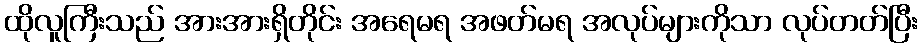
ထိုလူကြီးသည် အားအားရှိတိုင်း အရေမရ အဖတ်မရ အလုပ်များကိုသာ လုပ်တတ်ပြီး